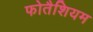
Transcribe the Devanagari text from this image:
फोतैशियम